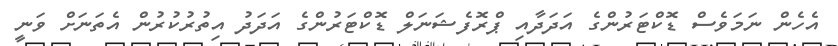
އެހެން ނަމަވެސް ޑޮކްޓަރުންގެ އަދަދާއި ޕްރޮފެޝަނަލް ޑޮކްޓަރުންގެ އަދަދު އިތުރުކުރުން އެތަނަށް ވަނީ